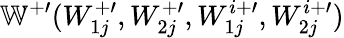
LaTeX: \mathbb{W}^{+\prime}(W_{1j}^{+\prime},W_{2j}^{+\prime},W_{1j}^{i+\prime},W_{2j}^{i+\prime})